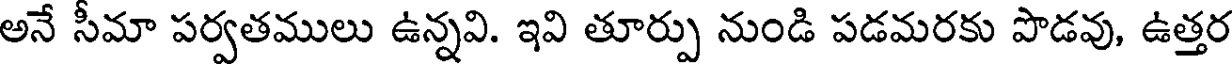
అనే సీమా పర్వతములు ఉన్నవి. ఇవి తూర్పు నుండి పడమరకు పొడవు, ఉత్తర